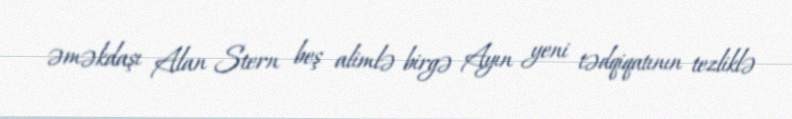
əməkdaşı Alan Stern beş alimlə birgə Ayın yeni tədqiqatının tezliklə